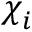
\boldsymbol { \chi } _ { i }